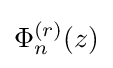
\Phi _{n}^{(r)}(z)